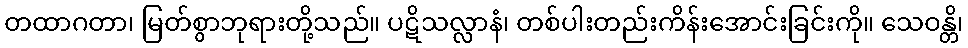
တထာဂတာ၊ မြတ်စွာဘုရားတို့သည်။ ပဋိသလ္လာနံ၊ တစ်ပါးတည်းကိန်းအောင်းခြင်းကို။ သေဝန္တိ၊